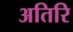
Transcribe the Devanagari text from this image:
अतिरि